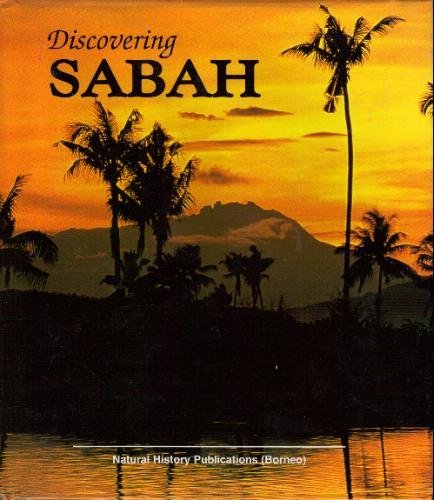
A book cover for Discovering Sabah; Wendy Hutton; Travel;